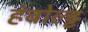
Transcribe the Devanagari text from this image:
हंबोल्ड्ट